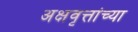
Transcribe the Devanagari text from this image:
अक्षवृत्तांच्या